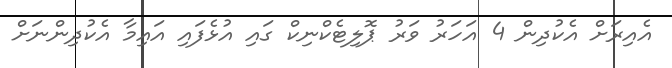
އެއިރަށް އެކުދިން 4 އަހަރު ވަރު ޕޮލިޓެކްނިކް ގައި އުޅެފައި އައިމާ އެކުދިންނަށް